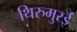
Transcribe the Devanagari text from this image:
थिरुमुरई